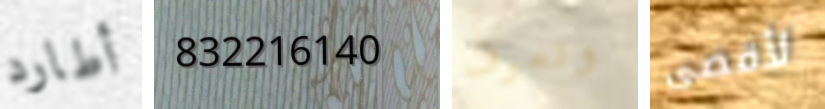
أطارد 832216140 ونعرف لأقصى